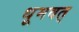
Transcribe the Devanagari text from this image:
धूमवत्